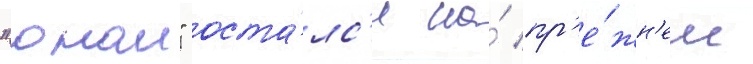
"онаи" оста́лс'я на́ пр'е́жн'ем